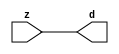

//------> /package/eda/mg/Catapult_10.3d/Mgc_home/pkgs/siflibs/mgc_in_wire_v2.v 
//------------------------------------------------------------------------------
// Catapult Synthesis - Sample I/O Port Library
//
// Copyright (c) 2003-2017 Mentor Graphics Corp.
//       All Rights Reserved
//
// This document may be used and distributed without restriction provided that
// this copyright statement is not removed from the file and that any derivative
// work contains this copyright notice.
//
// The design information contained in this file is intended to be an example
// of the functionality which the end user may study in preparation for creating
// their own custom interfaces. This design does not necessarily present a 
// complete implementation of the named protocol or standard.
//
//------------------------------------------------------------------------------


module mgc_in_wire_v2 (d, z);

  parameter integer rscid = 1;
  parameter integer width = 8;

  output [width-1:0] d;
  input  [width-1:0] z;

  wire   [width-1:0] d;

  assign d = z;

endmodule


//------> /package/eda/mg/Catapult_10.3d/Mgc_home/pkgs/siflibs/ccs_in_v1.v 
//------------------------------------------------------------------------------
// Catapult Synthesis - Sample I/O Port Library
//
// Copyright (c) 2003-2017 Mentor Graphics Corp.
//       All Rights Reserved
//
// This document may be used and distributed without restriction provided that
// this copyright statement is not removed from the file and that any derivative
// work contains this copyright notice.
//
// The design information contained in this file is intended to be an example
// of the functionality which the end user may study in preparation for creating
// their own custom interfaces. This design does not necessarily present a 
// complete implementation of the named protocol or standard.
//
//------------------------------------------------------------------------------


module ccs_in_v1 (idat, dat);

  parameter integer rscid = 1;
  parameter integer width = 8;

  output [width-1:0] idat;
  input  [width-1:0] dat;

  wire   [width-1:0] idat;

  assign idat = dat;

endmodule


//------> /package/eda/mg/Catapult_10.3d/Mgc_home/pkgs/siflibs/ccs_out_v1.v 
//------------------------------------------------------------------------------
// Catapult Synthesis - Sample I/O Port Library
//
// Copyright (c) 2003-2015 Mentor Graphics Corp.
//       All Rights Reserved
//
// This document may be used and distributed without restriction provided that
// this copyright statement is not removed from the file and that any derivative
// work contains this copyright notice.
//
// The design information contained in this file is intended to be an example
// of the functionality which the end user may study in preparation for creating
// their own custom interfaces. This design does not necessarily present a 
// complete implementation of the named protocol or standard.
//
//------------------------------------------------------------------------------

module ccs_out_v1 (dat, idat);

  parameter integer rscid = 1;
  parameter integer width = 8;

  output   [width-1:0] dat;
  input    [width-1:0] idat;

  wire     [width-1:0] dat;

  assign dat = idat;

endmodule




//------> /package/eda/mg/Catapult_10.3d/Mgc_home/pkgs/siflibs/mgc_io_sync_v2.v 
//------------------------------------------------------------------------------
// Catapult Synthesis - Sample I/O Port Library
//
// Copyright (c) 2003-2017 Mentor Graphics Corp.
//       All Rights Reserved
//
// This document may be used and distributed without restriction provided that
// this copyright statement is not removed from the file and that any derivative
// work contains this copyright notice.
//
// The design information contained in this file is intended to be an example
// of the functionality which the end user may study in preparation for creating
// their own custom interfaces. This design does not necessarily present a 
// complete implementation of the named protocol or standard.
//
//------------------------------------------------------------------------------


module mgc_io_sync_v2 (ld, lz);
    parameter valid = 0;

    input  ld;
    output lz;

    wire   lz;

    assign lz = ld;

endmodule


//------> /package/eda/mg/Catapult_10.3d/Mgc_home/pkgs/ccs_altera/hdl/M10K_DP.v 
// Memory Type:            M10K
// Operating Mode:         Simple Dual Port (2-PORT)
// Clock Mode:             Single Clock

// RTL Code RW Resolution: write-thru 
// Hardware RW Resolution: dont care 
// Catapult RW Resolution: unknown 

// HDL Work Library:       Altera_RAMS_lib
// Component Name:         M10K_DP

module M10K_DP
#(
  parameter data_width = 8,
  parameter addr_width = 7,
  parameter depth = 128 
)(
  clk, adra, adrb, wea, web, da, db, rea, reb, qa, qb
);

  input clk;                     // Rising edge clock
  input [addr_width-1:0] adra;   // Port A - Address
  input [addr_width-1:0] adrb;   // Port B - Address
  input wea;                     // Port A - Write-enable active high
  input web;                     // Port B - Write-enable active high
  input [data_width-1:0] da;     // Port A - Data In
  input [data_width-1:0] db;     // Port B - Data In
  input rea;                     // Port A - Read-enable active high
  input reb;                     // Port B - Read-enable active high
  output[data_width-1:0] qa;     // Port A - Data Out
  output[data_width-1:0] qb;     // Port B - Data Out

  reg [data_width-1:0] qa;
  reg [data_width-1:0] qb;

  (* ramstyle = "no_rw_check, M10K" *)
  reg [data_width-1:0] mem [depth-1:0]; /* synthesis syn_ramstyle = "no_rw_check, M10K" */

  always @(posedge clk) begin
    if (wea) begin
      mem[adra] <= da;
    end
    if (rea) begin
      qa <= mem[adra];
    end
  end

  always @(posedge clk) begin
    if (web) begin
      mem[adrb] <= db;
    end
    if (reb) begin
      qb <= mem[adrb] ;
    end
  end

endmodule


//------> ./rtl.v 
// ----------------------------------------------------------------------
//  HLS HDL:        Verilog Netlister
//  HLS Version:    10.3d/815731 Production Release
//  HLS Date:       Wed Apr 24 14:54:19 PDT 2019
// 
//  Generated by:   695r48@ecegrid-thin4.ecn.purdue.edu
//  Generated date: Wed Nov 10 15:46:49 2021
// ----------------------------------------------------------------------

// 
// ------------------------------------------------------------------
//  Design Unit:    fir_Altera_M10K_M10K_DP_rwport_4_16_5_32_32_16_gen
// ------------------------------------------------------------------


module fir_Altera_M10K_M10K_DP_rwport_4_16_5_32_32_16_gen (
  qb, reb, db, web, adrb, qa, rea, da, wea, adra, adra_d, wea_d, da_d, rea_d, qa_d,
      rwportA_rw_ram_ir_internal_RMASK_B_d, rwportA_rw_ram_ir_internal_WMASK_B_d
);
  input [15:0] qb;
  output reb;
  output [15:0] db;
  output web;
  output [4:0] adrb;
  input [15:0] qa;
  output rea;
  output [15:0] da;
  output wea;
  output [4:0] adra;
  input [9:0] adra_d;
  input [1:0] wea_d;
  input [31:0] da_d;
  input [1:0] rea_d;
  output [31:0] qa_d;
  input [1:0] rwportA_rw_ram_ir_internal_RMASK_B_d;
  input [1:0] rwportA_rw_ram_ir_internal_WMASK_B_d;



  // Interconnect Declarations for Component Instantiations 
  assign qa_d[31:16] = qb;
  assign reb = (rwportA_rw_ram_ir_internal_RMASK_B_d[1]);
  assign db = (da_d[31:16]);
  assign web = (rwportA_rw_ram_ir_internal_WMASK_B_d[1]);
  assign adrb = (adra_d[9:5]);
  assign qa_d[15:0] = qa;
  assign rea = (rwportA_rw_ram_ir_internal_RMASK_B_d[0]);
  assign da = (da_d[15:0]);
  assign wea = (rwportA_rw_ram_ir_internal_WMASK_B_d[0]);
  assign adra = (adra_d[4:0]);
endmodule

// ------------------------------------------------------------------
//  Design Unit:    fir_core_core_fsm
//  FSM Module
// ------------------------------------------------------------------


module fir_core_core_fsm (
  clk, rst, fsm_output, regs_vinit_C_1_tr0, MAC_C_5_tr0
);
  input clk;
  input rst;
  output [11:0] fsm_output;
  reg [11:0] fsm_output;
  input regs_vinit_C_1_tr0;
  input MAC_C_5_tr0;


  // FSM State Type Declaration for fir_core_core_fsm_1
  parameter
    core_rlp_C_0 = 4'd0,
    regs_vinit_C_0 = 4'd1,
    regs_vinit_C_1 = 4'd2,
    main_C_0 = 4'd3,
    main_C_1 = 4'd4,
    MAC_C_0 = 4'd5,
    MAC_C_1 = 4'd6,
    MAC_C_2 = 4'd7,
    MAC_C_3 = 4'd8,
    MAC_C_4 = 4'd9,
    MAC_C_5 = 4'd10,
    main_C_2 = 4'd11;

  reg [3:0] state_var;
  reg [3:0] state_var_NS;


  // Interconnect Declarations for Component Instantiations 
  always @(*)
  begin : fir_core_core_fsm_1
    case (state_var)
      regs_vinit_C_0 : begin
        fsm_output = 12'b000000000010;
        state_var_NS = regs_vinit_C_1;
      end
      regs_vinit_C_1 : begin
        fsm_output = 12'b000000000100;
        if ( regs_vinit_C_1_tr0 ) begin
          state_var_NS = regs_vinit_C_0;
        end
        else begin
          state_var_NS = main_C_0;
        end
      end
      main_C_0 : begin
        fsm_output = 12'b000000001000;
        state_var_NS = main_C_1;
      end
      main_C_1 : begin
        fsm_output = 12'b000000010000;
        state_var_NS = MAC_C_0;
      end
      MAC_C_0 : begin
        fsm_output = 12'b000000100000;
        state_var_NS = MAC_C_1;
      end
      MAC_C_1 : begin
        fsm_output = 12'b000001000000;
        state_var_NS = MAC_C_2;
      end
      MAC_C_2 : begin
        fsm_output = 12'b000010000000;
        state_var_NS = MAC_C_3;
      end
      MAC_C_3 : begin
        fsm_output = 12'b000100000000;
        state_var_NS = MAC_C_4;
      end
      MAC_C_4 : begin
        fsm_output = 12'b001000000000;
        state_var_NS = MAC_C_5;
      end
      MAC_C_5 : begin
        fsm_output = 12'b010000000000;
        if ( MAC_C_5_tr0 ) begin
          state_var_NS = main_C_2;
        end
        else begin
          state_var_NS = MAC_C_0;
        end
      end
      main_C_2 : begin
        fsm_output = 12'b100000000000;
        state_var_NS = main_C_0;
      end
      // core_rlp_C_0
      default : begin
        fsm_output = 12'b000000000001;
        state_var_NS = regs_vinit_C_0;
      end
    endcase
  end

  always @(posedge clk) begin
    if ( rst ) begin
      state_var <= core_rlp_C_0;
    end
    else begin
      state_var <= state_var_NS;
    end
  end

endmodule

// ------------------------------------------------------------------
//  Design Unit:    fir_core
// ------------------------------------------------------------------


module fir_core (
  clk, rst, coeffs_rsc_z, coeffs_rsc_triosy_lz, in1_rsc_dat, in1_rsc_triosy_lz, out1_rsc_dat,
      out1_rsc_triosy_lz, regs_rsci_adra_d, regs_rsci_wea_d, regs_rsci_da_d, regs_rsci_rea_d,
      regs_rsci_qa_d, regs_rsci_rwportA_rw_ram_ir_internal_RMASK_B_d, regs_rsci_rwportA_rw_ram_ir_internal_WMASK_B_d
);
  input clk;
  input rst;
  input [511:0] coeffs_rsc_z;
  output coeffs_rsc_triosy_lz;
  input [15:0] in1_rsc_dat;
  output in1_rsc_triosy_lz;
  output [15:0] out1_rsc_dat;
  output out1_rsc_triosy_lz;
  output [9:0] regs_rsci_adra_d;
  output [1:0] regs_rsci_wea_d;
  output [15:0] regs_rsci_da_d;
  output [1:0] regs_rsci_rea_d;
  input [31:0] regs_rsci_qa_d;
  output [1:0] regs_rsci_rwportA_rw_ram_ir_internal_RMASK_B_d;
  output [1:0] regs_rsci_rwportA_rw_ram_ir_internal_WMASK_B_d;


  // Interconnect Declarations
  wire [511:0] coeffs_rsci_d;
  wire [15:0] in1_rsci_idat;
  reg [15:0] out1_rsci_idat;
  wire [11:0] fsm_output;
  wire [4:0] MAC_1_else_acc_tmp;
  wire [5:0] nl_MAC_1_else_acc_tmp;
  reg [4:0] wptr_4_0_sva_1;
  wire [5:0] nl_wptr_4_0_sva_1;
  reg [2:0] MAC_i_5_2_sva_2_0;
  wire [4:0] wptr_4_0_3_lpi_2_dfm_mx0w1;
  wire [4:0] wptr_4_0_lpi_2_dfm_1;
  reg [4:0] wptr_4_0_1_sva;
  reg [3:0] MAC_i_5_2_sva_1;
  reg regs_regs_nor_itm;
  wire [4:0] wptr_4_0_2_lpi_2_dfm_1;
  reg [4:0] regs_acc_itm;
  reg MAC_MAC_nor_5_itm;
  reg reg_out1_rsc_triosy_obj_ld_cse;
  wire reg_out1_out1_and_cse;
  wire MAC_nor_5_cse;
  wire MAC_nor_6_cse;
  wire MAC_nor_7_cse;
  wire regs_and_cse;
  wire or_16_cse;
  wire or_17_rmff;
  wire or_49_tmp;
  wire [4:0] z_out;
  wire [5:0] nl_z_out;
  wire [4:0] z_out_1;
  wire [5:0] nl_z_out_1;
  wire [29:0] z_out_2;
  wire signed [31:0] nl_z_out_2;
  reg [29:0] acc_32_3_1_sva;
  reg [15:0] MAC_slc_regs_rsci_qa_d_15_0_itm;
  reg [15:0] MAC_mux_itm;
  reg [29:0] MAC_3_mul_itm;
  reg [15:0] MAC_mux_4_itm;
  reg [15:0] MAC_mux_5_itm;
  reg [29:0] MAC_2_mul_itm;
  wire [29:0] acc_32_3_1_sva_2;
  wire [30:0] nl_acc_32_3_1_sva_2;

  wire[4:0] mux_nl;
  wire[0:0] and_84_nl;
  wire[0:0] not_30_nl;
  wire[4:0] MAC_MAC_or_3_nl;
  wire[0:0] MAC_MAC_nor_6_nl;
  wire[0:0] or_30_nl;
  wire[0:0] MAC_MAC_nor_9_nl;
  wire[0:0] MAC_and_9_nl;
  wire[0:0] MAC_and_10_nl;
  wire[0:0] MAC_and_11_nl;
  wire[0:0] MAC_and_12_nl;
  wire[0:0] MAC_and_13_nl;
  wire[0:0] MAC_and_14_nl;
  wire[0:0] MAC_and_15_nl;
  wire[0:0] MAC_MAC_nor_5_nl;
  wire[0:0] nand_nl;
  wire[0:0] MAC_and_nl;
  wire[0:0] MAC_and_1_nl;
  wire[0:0] MAC_and_2_nl;
  wire[0:0] MAC_and_3_nl;
  wire[0:0] MAC_and_4_nl;
  wire[0:0] MAC_and_5_nl;
  wire[0:0] MAC_and_6_nl;
  wire[0:0] MAC_and_7_nl;
  wire[29:0] MAC_2_mul_nl;
  wire signed [31:0] nl_MAC_2_mul_nl;
  wire[29:0] MAC_acc_4_nl;
  wire[30:0] nl_MAC_acc_4_nl;
  wire[29:0] MAC_acc_3_nl;
  wire[30:0] nl_MAC_acc_3_nl;
  wire[29:0] MAC_4_mul_nl;
  wire signed [31:0] nl_MAC_4_mul_nl;
  wire[0:0] MAC_MAC_nor_4_nl;
  wire[29:0] MAC_acc_5_nl;
  wire[30:0] nl_MAC_acc_5_nl;
  wire[0:0] MAC_MAC_nor_nl;
  wire[4:0] regs_regs_mux_nl;
  wire[4:0] regs_mux1h_nl;
  wire[4:0] else_mux_1_nl;
  wire[4:0] regs_mux1h_6_nl;
  wire[15:0] MAC_mux_11_nl;

  // Interconnect Declarations for Component Instantiations 
  wire [0:0] nl_fir_core_core_fsm_inst_regs_vinit_C_1_tr0;
  assign nl_fir_core_core_fsm_inst_regs_vinit_C_1_tr0 = ~ regs_regs_nor_itm;
  wire [0:0] nl_fir_core_core_fsm_inst_MAC_C_5_tr0;
  assign nl_fir_core_core_fsm_inst_MAC_C_5_tr0 = MAC_i_5_2_sva_1[3];
  mgc_in_wire_v2 #(.rscid(32'sd1),
  .width(32'sd512)) coeffs_rsci (
      .d(coeffs_rsci_d),
      .z(coeffs_rsc_z)
    );
  ccs_in_v1 #(.rscid(32'sd2),
  .width(32'sd16)) in1_rsci (
      .dat(in1_rsc_dat),
      .idat(in1_rsci_idat)
    );
  ccs_out_v1 #(.rscid(32'sd3),
  .width(32'sd16)) out1_rsci (
      .idat(out1_rsci_idat),
      .dat(out1_rsc_dat)
    );
  mgc_io_sync_v2 #(.valid(32'sd0)) coeffs_rsc_triosy_obj (
      .ld(reg_out1_rsc_triosy_obj_ld_cse),
      .lz(coeffs_rsc_triosy_lz)
    );
  mgc_io_sync_v2 #(.valid(32'sd0)) in1_rsc_triosy_obj (
      .ld(reg_out1_rsc_triosy_obj_ld_cse),
      .lz(in1_rsc_triosy_lz)
    );
  mgc_io_sync_v2 #(.valid(32'sd0)) out1_rsc_triosy_obj (
      .ld(reg_out1_rsc_triosy_obj_ld_cse),
      .lz(out1_rsc_triosy_lz)
    );
  fir_core_core_fsm fir_core_core_fsm_inst (
      .clk(clk),
      .rst(rst),
      .fsm_output(fsm_output),
      .regs_vinit_C_1_tr0(nl_fir_core_core_fsm_inst_regs_vinit_C_1_tr0[0:0]),
      .MAC_C_5_tr0(nl_fir_core_core_fsm_inst_MAC_C_5_tr0[0:0])
    );
  assign reg_out1_out1_and_cse = (fsm_output[10]) & (MAC_i_5_2_sva_1[3]);
  assign or_16_cse = (fsm_output[3]) | (fsm_output[1]);
  assign or_17_rmff = (fsm_output[6:5]!=2'b00);
  assign regs_and_cse = (fsm_output[2]) & regs_regs_nor_itm;
  assign or_49_tmp = regs_and_cse | ((~ MAC_MAC_nor_5_itm) & (fsm_output[11]));
  assign MAC_nor_5_cse = ~((MAC_i_5_2_sva_2_0[2:1]!=2'b00));
  assign MAC_nor_6_cse = ~((MAC_i_5_2_sva_2_0[2]) | (MAC_i_5_2_sva_2_0[0]));
  assign MAC_nor_7_cse = ~((MAC_i_5_2_sva_2_0[1:0]!=2'b00));
  assign MAC_MAC_nor_4_nl = ~((wptr_4_0_2_lpi_2_dfm_1!=5'b00000));
  assign wptr_4_0_3_lpi_2_dfm_mx0w1 = MUX_v_5_2_2(z_out_1, 5'b11111, (MAC_MAC_nor_4_nl));
  assign nl_MAC_acc_5_nl = MAC_3_mul_itm + acc_32_3_1_sva;
  assign MAC_acc_5_nl = nl_MAC_acc_5_nl[29:0];
  assign nl_acc_32_3_1_sva_2 = (MAC_acc_5_nl) + MAC_2_mul_itm;
  assign acc_32_3_1_sva_2 = nl_acc_32_3_1_sva_2[29:0];
  assign MAC_MAC_nor_nl = ~((wptr_4_0_1_sva!=5'b00000));
  assign wptr_4_0_2_lpi_2_dfm_1 = MUX_v_5_2_2(MAC_1_else_acc_tmp, 5'b11111, (MAC_MAC_nor_nl));
  assign nl_MAC_1_else_acc_tmp = wptr_4_0_1_sva + 5'b11111;
  assign MAC_1_else_acc_tmp = nl_MAC_1_else_acc_tmp[4:0];
  assign wptr_4_0_lpi_2_dfm_1 = MUX_v_5_2_2(wptr_4_0_sva_1, 5'b11111, MAC_MAC_nor_5_itm);
  assign regs_regs_mux_nl = MUX_v_5_2_2(wptr_4_0_1_sva, wptr_4_0_lpi_2_dfm_1, fsm_output[6]);
  assign regs_mux1h_nl = MUX1HOT_v_5_3_2(regs_acc_itm, wptr_4_0_2_lpi_2_dfm_1, wptr_4_0_1_sva,
      {or_16_cse , (fsm_output[5]) , (fsm_output[6])});
  assign regs_rsci_adra_d = {(regs_regs_mux_nl) , (regs_mux1h_nl)};
  assign regs_rsci_wea_d = {1'b0 , or_16_cse};
  assign regs_rsci_rea_d = {{1{or_17_rmff}}, or_17_rmff};
  assign regs_rsci_rwportA_rw_ram_ir_internal_RMASK_B_d = {{1{or_17_rmff}}, or_17_rmff};
  assign regs_rsci_rwportA_rw_ram_ir_internal_WMASK_B_d = {1'b0 , or_16_cse};
  assign regs_rsci_da_d = MUX_v_16_2_2(16'b0000000000000000, in1_rsci_idat, (fsm_output[3]));
  always @(posedge clk) begin
    if ( rst ) begin
      reg_out1_rsc_triosy_obj_ld_cse <= 1'b0;
      regs_regs_nor_itm <= 1'b0;
      wptr_4_0_1_sva <= 5'b00000;
      MAC_i_5_2_sva_2_0 <= 3'b000;
      MAC_MAC_nor_5_itm <= 1'b0;
      MAC_slc_regs_rsci_qa_d_15_0_itm <= 16'b0000000000000000;
      MAC_3_mul_itm <= 30'b000000000000000000000000000000;
    end
    else begin
      reg_out1_rsc_triosy_obj_ld_cse <= reg_out1_out1_and_cse;
      regs_regs_nor_itm <= ~((regs_acc_itm!=5'b00000));
      wptr_4_0_1_sva <= MUX1HOT_v_5_4_2(regs_acc_itm, wptr_4_0_3_lpi_2_dfm_mx0w1,
          (MAC_MAC_or_3_nl), wptr_4_0_1_sva, {(fsm_output[4]) , (fsm_output[5]) ,
          (fsm_output[6]) , (or_30_nl)});
      MAC_i_5_2_sva_2_0 <= MUX_v_3_2_2(3'b000, (MAC_i_5_2_sva_1[2:0]), (fsm_output[10]));
      MAC_MAC_nor_5_itm <= MUX_s_1_2_2((MAC_MAC_nor_5_nl), (nand_nl), fsm_output[10]);
      MAC_slc_regs_rsci_qa_d_15_0_itm <= MUX1HOT_v_16_10_2((coeffs_rsci_d[31:16]),
          (coeffs_rsci_d[95:80]), (coeffs_rsci_d[159:144]), (coeffs_rsci_d[223:208]),
          (coeffs_rsci_d[287:272]), (coeffs_rsci_d[351:336]), (coeffs_rsci_d[415:400]),
          (coeffs_rsci_d[479:464]), (regs_rsci_qa_d[31:16]), (regs_rsci_qa_d[15:0]),
          {(MAC_and_nl) , (MAC_and_1_nl) , (MAC_and_2_nl) , (MAC_and_3_nl) , (MAC_and_4_nl)
          , (MAC_and_5_nl) , (MAC_and_6_nl) , (MAC_and_7_nl) , (fsm_output[6]) ,
          (fsm_output[7])});
      MAC_3_mul_itm <= MUX_v_30_2_2(z_out_2, (MAC_acc_3_nl), fsm_output[9]);
    end
  end
  always @(posedge clk) begin
    if ( rst ) begin
      out1_rsci_idat <= 16'b0000000000000000;
    end
    else if ( reg_out1_out1_and_cse ) begin
      out1_rsci_idat <= acc_32_3_1_sva_2[29:14];
    end
  end
  always @(posedge clk) begin
    if ( rst ) begin
      regs_acc_itm <= 5'b11111;
    end
    else if ( regs_and_cse | (fsm_output[1]) | (fsm_output[11]) ) begin
      regs_acc_itm <= MUX_v_5_2_2(5'b00000, (mux_nl), (not_30_nl));
    end
  end
  always @(posedge clk) begin
    if ( rst ) begin
      acc_32_3_1_sva <= 30'b000000000000000000000000000000;
    end
    else if ( (fsm_output[4]) | (fsm_output[10]) ) begin
      acc_32_3_1_sva <= MUX_v_30_2_2(30'b000000000000000000000000000000, acc_32_3_1_sva_2,
          (fsm_output[10]));
    end
  end
  always @(posedge clk) begin
    if ( rst ) begin
      wptr_4_0_sva_1 <= 5'b00000;
    end
    else if ( (((wptr_4_0_1_sva!=5'b00000)) & (MAC_1_else_acc_tmp==5'b00000)) | (z_out_1!=5'b00000)
        ) begin
      wptr_4_0_sva_1 <= nl_wptr_4_0_sva_1[4:0];
    end
  end
  always @(posedge clk) begin
    if ( rst ) begin
      MAC_i_5_2_sva_1 <= 4'b0000;
    end
    else if ( fsm_output[5] ) begin
      MAC_i_5_2_sva_1 <= z_out[3:0];
    end
  end
  always @(posedge clk) begin
    if ( rst ) begin
      MAC_mux_4_itm <= 16'b0000000000000000;
    end
    else if ( fsm_output[5] ) begin
      MAC_mux_4_itm <= MUX_v_16_8_2((coeffs_rsci_d[63:48]), (coeffs_rsci_d[127:112]),
          (coeffs_rsci_d[191:176]), (coeffs_rsci_d[255:240]), (coeffs_rsci_d[319:304]),
          (coeffs_rsci_d[383:368]), (coeffs_rsci_d[447:432]), (coeffs_rsci_d[511:496]),
          MAC_i_5_2_sva_2_0);
    end
  end
  always @(posedge clk) begin
    if ( rst ) begin
      MAC_mux_itm <= 16'b0000000000000000;
    end
    else if ( fsm_output[5] ) begin
      MAC_mux_itm <= MUX_v_16_8_2((coeffs_rsci_d[47:32]), (coeffs_rsci_d[111:96]),
          (coeffs_rsci_d[175:160]), (coeffs_rsci_d[239:224]), (coeffs_rsci_d[303:288]),
          (coeffs_rsci_d[367:352]), (coeffs_rsci_d[431:416]), (coeffs_rsci_d[495:480]),
          MAC_i_5_2_sva_2_0);
    end
  end
  always @(posedge clk) begin
    if ( rst ) begin
      MAC_mux_5_itm <= 16'b0000000000000000;
    end
    else if ( (fsm_output[7]) | (fsm_output[5]) ) begin
      MAC_mux_5_itm <= MUX1HOT_v_16_9_2((coeffs_rsci_d[15:0]), (coeffs_rsci_d[79:64]),
          (coeffs_rsci_d[143:128]), (coeffs_rsci_d[207:192]), (coeffs_rsci_d[271:256]),
          (coeffs_rsci_d[335:320]), (coeffs_rsci_d[399:384]), (coeffs_rsci_d[463:448]),
          (regs_rsci_qa_d[31:16]), {(MAC_MAC_nor_9_nl) , (MAC_and_9_nl) , (MAC_and_10_nl)
          , (MAC_and_11_nl) , (MAC_and_12_nl) , (MAC_and_13_nl) , (MAC_and_14_nl)
          , (MAC_and_15_nl) , (fsm_output[7])});
    end
  end
  always @(posedge clk) begin
    if ( rst ) begin
      MAC_2_mul_itm <= 30'b000000000000000000000000000000;
    end
    else if ( (fsm_output[7:6]!=2'b00) ) begin
      MAC_2_mul_itm <= MUX_v_30_2_2((MAC_2_mul_nl), (MAC_acc_4_nl), fsm_output[7]);
    end
  end
  assign MAC_MAC_nor_6_nl = ~((wptr_4_0_lpi_2_dfm_1!=5'b00000));
  assign MAC_MAC_or_3_nl = MUX_v_5_2_2(z_out_1, 5'b11111, (MAC_MAC_nor_6_nl));
  assign or_30_nl = (fsm_output[10:7]!=4'b0000);
  assign MAC_MAC_nor_5_nl = ~((wptr_4_0_3_lpi_2_dfm_mx0w1!=5'b00000));
  assign nand_nl = ~((regs_acc_itm==5'b11111));
  assign MAC_and_nl = (MAC_i_5_2_sva_2_0==3'b000) & (fsm_output[5]);
  assign MAC_and_1_nl = (MAC_i_5_2_sva_2_0[0]) & MAC_nor_5_cse & (fsm_output[5]);
  assign MAC_and_2_nl = (MAC_i_5_2_sva_2_0[1]) & MAC_nor_6_cse & (fsm_output[5]);
  assign MAC_and_3_nl = (MAC_i_5_2_sva_2_0==3'b011) & (fsm_output[5]);
  assign MAC_and_4_nl = (MAC_i_5_2_sva_2_0[2]) & MAC_nor_7_cse & (fsm_output[5]);
  assign MAC_and_5_nl = (MAC_i_5_2_sva_2_0==3'b101) & (fsm_output[5]);
  assign MAC_and_6_nl = (MAC_i_5_2_sva_2_0==3'b110) & (fsm_output[5]);
  assign MAC_and_7_nl = (MAC_i_5_2_sva_2_0==3'b111) & (fsm_output[5]);
  assign nl_MAC_4_mul_nl = $signed(MAC_mux_5_itm) * $signed(MAC_mux_4_itm);
  assign MAC_4_mul_nl = nl_MAC_4_mul_nl[29:0];
  assign nl_MAC_acc_3_nl = MAC_3_mul_itm + (MAC_4_mul_nl);
  assign MAC_acc_3_nl = nl_MAC_acc_3_nl[29:0];
  assign and_84_nl = (fsm_output[11]) & (~ or_49_tmp);
  assign mux_nl = MUX_v_5_2_2(z_out_1, z_out, and_84_nl);
  assign not_30_nl = ~ or_49_tmp;
  assign nl_wptr_4_0_sva_1  = wptr_4_0_3_lpi_2_dfm_mx0w1 + 5'b11111;
  assign MAC_MAC_nor_9_nl = ~((MAC_i_5_2_sva_2_0!=3'b000) | (fsm_output[7]));
  assign MAC_and_9_nl = (MAC_i_5_2_sva_2_0[0]) & MAC_nor_5_cse & (~ (fsm_output[7]));
  assign MAC_and_10_nl = (MAC_i_5_2_sva_2_0[1]) & MAC_nor_6_cse & (~ (fsm_output[7]));
  assign MAC_and_11_nl = (MAC_i_5_2_sva_2_0==3'b011) & (~ (fsm_output[7]));
  assign MAC_and_12_nl = (MAC_i_5_2_sva_2_0[2]) & MAC_nor_7_cse & (~ (fsm_output[7]));
  assign MAC_and_13_nl = (MAC_i_5_2_sva_2_0==3'b101) & (~ (fsm_output[7]));
  assign MAC_and_14_nl = (MAC_i_5_2_sva_2_0==3'b110) & (~ (fsm_output[7]));
  assign MAC_and_15_nl = (MAC_i_5_2_sva_2_0==3'b111) & (~ (fsm_output[7]));
  assign nl_MAC_2_mul_nl = $signed((regs_rsci_qa_d[15:0])) * $signed(MAC_slc_regs_rsci_qa_d_15_0_itm);
  assign MAC_2_mul_nl = nl_MAC_2_mul_nl[29:0];
  assign nl_MAC_acc_4_nl = z_out_2 + MAC_2_mul_itm;
  assign MAC_acc_4_nl = nl_MAC_acc_4_nl[29:0];
  assign else_mux_1_nl = MUX_v_5_2_2(regs_acc_itm, ({2'b00 , MAC_i_5_2_sva_2_0}),
      fsm_output[5]);
  assign nl_z_out = (else_mux_1_nl) + 5'b00001;
  assign z_out = nl_z_out[4:0];
  assign regs_mux1h_6_nl = MUX1HOT_v_5_3_2(regs_acc_itm, wptr_4_0_lpi_2_dfm_1, wptr_4_0_2_lpi_2_dfm_1,
      {(fsm_output[1]) , (fsm_output[6]) , (fsm_output[5])});
  assign nl_z_out_1 = (regs_mux1h_6_nl) + 5'b11111;
  assign z_out_1 = nl_z_out_1[4:0];
  assign MAC_mux_11_nl = MUX_v_16_2_2(MAC_mux_5_itm, MAC_mux_itm, fsm_output[8]);
  assign nl_z_out_2 = $signed(MAC_slc_regs_rsci_qa_d_15_0_itm) * $signed((MAC_mux_11_nl));
  assign z_out_2 = nl_z_out_2[29:0];

  function automatic [15:0] MUX1HOT_v_16_10_2;
    input [15:0] input_9;
    input [15:0] input_8;
    input [15:0] input_7;
    input [15:0] input_6;
    input [15:0] input_5;
    input [15:0] input_4;
    input [15:0] input_3;
    input [15:0] input_2;
    input [15:0] input_1;
    input [15:0] input_0;
    input [9:0] sel;
    reg [15:0] result;
  begin
    result = input_0 & {16{sel[0]}};
    result = result | ( input_1 & {16{sel[1]}});
    result = result | ( input_2 & {16{sel[2]}});
    result = result | ( input_3 & {16{sel[3]}});
    result = result | ( input_4 & {16{sel[4]}});
    result = result | ( input_5 & {16{sel[5]}});
    result = result | ( input_6 & {16{sel[6]}});
    result = result | ( input_7 & {16{sel[7]}});
    result = result | ( input_8 & {16{sel[8]}});
    result = result | ( input_9 & {16{sel[9]}});
    MUX1HOT_v_16_10_2 = result;
  end
  endfunction


  function automatic [15:0] MUX1HOT_v_16_9_2;
    input [15:0] input_8;
    input [15:0] input_7;
    input [15:0] input_6;
    input [15:0] input_5;
    input [15:0] input_4;
    input [15:0] input_3;
    input [15:0] input_2;
    input [15:0] input_1;
    input [15:0] input_0;
    input [8:0] sel;
    reg [15:0] result;
  begin
    result = input_0 & {16{sel[0]}};
    result = result | ( input_1 & {16{sel[1]}});
    result = result | ( input_2 & {16{sel[2]}});
    result = result | ( input_3 & {16{sel[3]}});
    result = result | ( input_4 & {16{sel[4]}});
    result = result | ( input_5 & {16{sel[5]}});
    result = result | ( input_6 & {16{sel[6]}});
    result = result | ( input_7 & {16{sel[7]}});
    result = result | ( input_8 & {16{sel[8]}});
    MUX1HOT_v_16_9_2 = result;
  end
  endfunction


  function automatic [4:0] MUX1HOT_v_5_3_2;
    input [4:0] input_2;
    input [4:0] input_1;
    input [4:0] input_0;
    input [2:0] sel;
    reg [4:0] result;
  begin
    result = input_0 & {5{sel[0]}};
    result = result | ( input_1 & {5{sel[1]}});
    result = result | ( input_2 & {5{sel[2]}});
    MUX1HOT_v_5_3_2 = result;
  end
  endfunction


  function automatic [4:0] MUX1HOT_v_5_4_2;
    input [4:0] input_3;
    input [4:0] input_2;
    input [4:0] input_1;
    input [4:0] input_0;
    input [3:0] sel;
    reg [4:0] result;
  begin
    result = input_0 & {5{sel[0]}};
    result = result | ( input_1 & {5{sel[1]}});
    result = result | ( input_2 & {5{sel[2]}});
    result = result | ( input_3 & {5{sel[3]}});
    MUX1HOT_v_5_4_2 = result;
  end
  endfunction


  function automatic [0:0] MUX_s_1_2_2;
    input [0:0] input_0;
    input [0:0] input_1;
    input [0:0] sel;
    reg [0:0] result;
  begin
    case (sel)
      1'b0 : begin
        result = input_0;
      end
      default : begin
        result = input_1;
      end
    endcase
    MUX_s_1_2_2 = result;
  end
  endfunction


  function automatic [15:0] MUX_v_16_2_2;
    input [15:0] input_0;
    input [15:0] input_1;
    input [0:0] sel;
    reg [15:0] result;
  begin
    case (sel)
      1'b0 : begin
        result = input_0;
      end
      default : begin
        result = input_1;
      end
    endcase
    MUX_v_16_2_2 = result;
  end
  endfunction


  function automatic [15:0] MUX_v_16_8_2;
    input [15:0] input_0;
    input [15:0] input_1;
    input [15:0] input_2;
    input [15:0] input_3;
    input [15:0] input_4;
    input [15:0] input_5;
    input [15:0] input_6;
    input [15:0] input_7;
    input [2:0] sel;
    reg [15:0] result;
  begin
    case (sel)
      3'b000 : begin
        result = input_0;
      end
      3'b001 : begin
        result = input_1;
      end
      3'b010 : begin
        result = input_2;
      end
      3'b011 : begin
        result = input_3;
      end
      3'b100 : begin
        result = input_4;
      end
      3'b101 : begin
        result = input_5;
      end
      3'b110 : begin
        result = input_6;
      end
      default : begin
        result = input_7;
      end
    endcase
    MUX_v_16_8_2 = result;
  end
  endfunction


  function automatic [29:0] MUX_v_30_2_2;
    input [29:0] input_0;
    input [29:0] input_1;
    input [0:0] sel;
    reg [29:0] result;
  begin
    case (sel)
      1'b0 : begin
        result = input_0;
      end
      default : begin
        result = input_1;
      end
    endcase
    MUX_v_30_2_2 = result;
  end
  endfunction


  function automatic [2:0] MUX_v_3_2_2;
    input [2:0] input_0;
    input [2:0] input_1;
    input [0:0] sel;
    reg [2:0] result;
  begin
    case (sel)
      1'b0 : begin
        result = input_0;
      end
      default : begin
        result = input_1;
      end
    endcase
    MUX_v_3_2_2 = result;
  end
  endfunction


  function automatic [4:0] MUX_v_5_2_2;
    input [4:0] input_0;
    input [4:0] input_1;
    input [0:0] sel;
    reg [4:0] result;
  begin
    case (sel)
      1'b0 : begin
        result = input_0;
      end
      default : begin
        result = input_1;
      end
    endcase
    MUX_v_5_2_2 = result;
  end
  endfunction

endmodule

// ------------------------------------------------------------------
//  Design Unit:    fir
// ------------------------------------------------------------------


module fir (
  clk, rst, coeffs_rsc_z, coeffs_rsc_triosy_lz, in1_rsc_dat, in1_rsc_triosy_lz, out1_rsc_dat,
      out1_rsc_triosy_lz
);
  input clk;
  input rst;
  input [511:0] coeffs_rsc_z;
  output coeffs_rsc_triosy_lz;
  input [15:0] in1_rsc_dat;
  output in1_rsc_triosy_lz;
  output [15:0] out1_rsc_dat;
  output out1_rsc_triosy_lz;


  // Interconnect Declarations
  wire [9:0] regs_rsci_adra_d;
  wire [1:0] regs_rsci_wea_d;
  wire [15:0] regs_rsci_da_d;
  wire [1:0] regs_rsci_rea_d;
  wire [31:0] regs_rsci_qa_d;
  wire [1:0] regs_rsci_rwportA_rw_ram_ir_internal_RMASK_B_d;
  wire [1:0] regs_rsci_rwportA_rw_ram_ir_internal_WMASK_B_d;
  wire [15:0] regs_rsc_qb;
  wire regs_rsc_reb;
  wire [15:0] regs_rsc_db;
  wire regs_rsc_web;
  wire [4:0] regs_rsc_adrb;
  wire [15:0] regs_rsc_qa;
  wire regs_rsc_rea;
  wire [15:0] regs_rsc_da;
  wire regs_rsc_wea;
  wire [4:0] regs_rsc_adra;


  // Interconnect Declarations for Component Instantiations 
  wire [31:0] nl_regs_rsci_da_d;
  assign nl_regs_rsci_da_d = {16'b0000000000000000 , regs_rsci_da_d};
  M10K_DP #(.data_width(32'sd16),
  .addr_width(32'sd5),
  .depth(32'sd32)) regs_rsc_comp (
      .clk(clk),
      .adra(regs_rsc_adra),
      .adrb(regs_rsc_adrb),
      .wea(regs_rsc_wea),
      .web(regs_rsc_web),
      .da(regs_rsc_da),
      .db(regs_rsc_db),
      .rea(regs_rsc_rea),
      .reb(regs_rsc_reb),
      .qa(regs_rsc_qa),
      .qb(regs_rsc_qb)
    );
  fir_Altera_M10K_M10K_DP_rwport_4_16_5_32_32_16_gen regs_rsci (
      .qb(regs_rsc_qb),
      .reb(regs_rsc_reb),
      .db(regs_rsc_db),
      .web(regs_rsc_web),
      .adrb(regs_rsc_adrb),
      .qa(regs_rsc_qa),
      .rea(regs_rsc_rea),
      .da(regs_rsc_da),
      .wea(regs_rsc_wea),
      .adra(regs_rsc_adra),
      .adra_d(regs_rsci_adra_d),
      .wea_d(regs_rsci_wea_d),
      .da_d(nl_regs_rsci_da_d[31:0]),
      .rea_d(regs_rsci_rea_d),
      .qa_d(regs_rsci_qa_d),
      .rwportA_rw_ram_ir_internal_RMASK_B_d(regs_rsci_rwportA_rw_ram_ir_internal_RMASK_B_d),
      .rwportA_rw_ram_ir_internal_WMASK_B_d(regs_rsci_rwportA_rw_ram_ir_internal_WMASK_B_d)
    );
  fir_core fir_core_inst (
      .clk(clk),
      .rst(rst),
      .coeffs_rsc_z(coeffs_rsc_z),
      .coeffs_rsc_triosy_lz(coeffs_rsc_triosy_lz),
      .in1_rsc_dat(in1_rsc_dat),
      .in1_rsc_triosy_lz(in1_rsc_triosy_lz),
      .out1_rsc_dat(out1_rsc_dat),
      .out1_rsc_triosy_lz(out1_rsc_triosy_lz),
      .regs_rsci_adra_d(regs_rsci_adra_d),
      .regs_rsci_wea_d(regs_rsci_wea_d),
      .regs_rsci_da_d(regs_rsci_da_d),
      .regs_rsci_rea_d(regs_rsci_rea_d),
      .regs_rsci_qa_d(regs_rsci_qa_d),
      .regs_rsci_rwportA_rw_ram_ir_internal_RMASK_B_d(regs_rsci_rwportA_rw_ram_ir_internal_RMASK_B_d),
      .regs_rsci_rwportA_rw_ram_ir_internal_WMASK_B_d(regs_rsci_rwportA_rw_ram_ir_internal_WMASK_B_d)
    );
endmodule